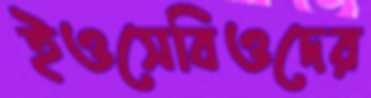
ইওসেবিওদের